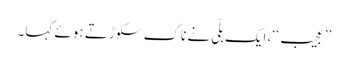
’’عجیب‘‘، ایک بلّی نے ناک سکوڑتے ہوئے کہا۔